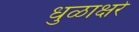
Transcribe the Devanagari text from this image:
धुळाक्षरे